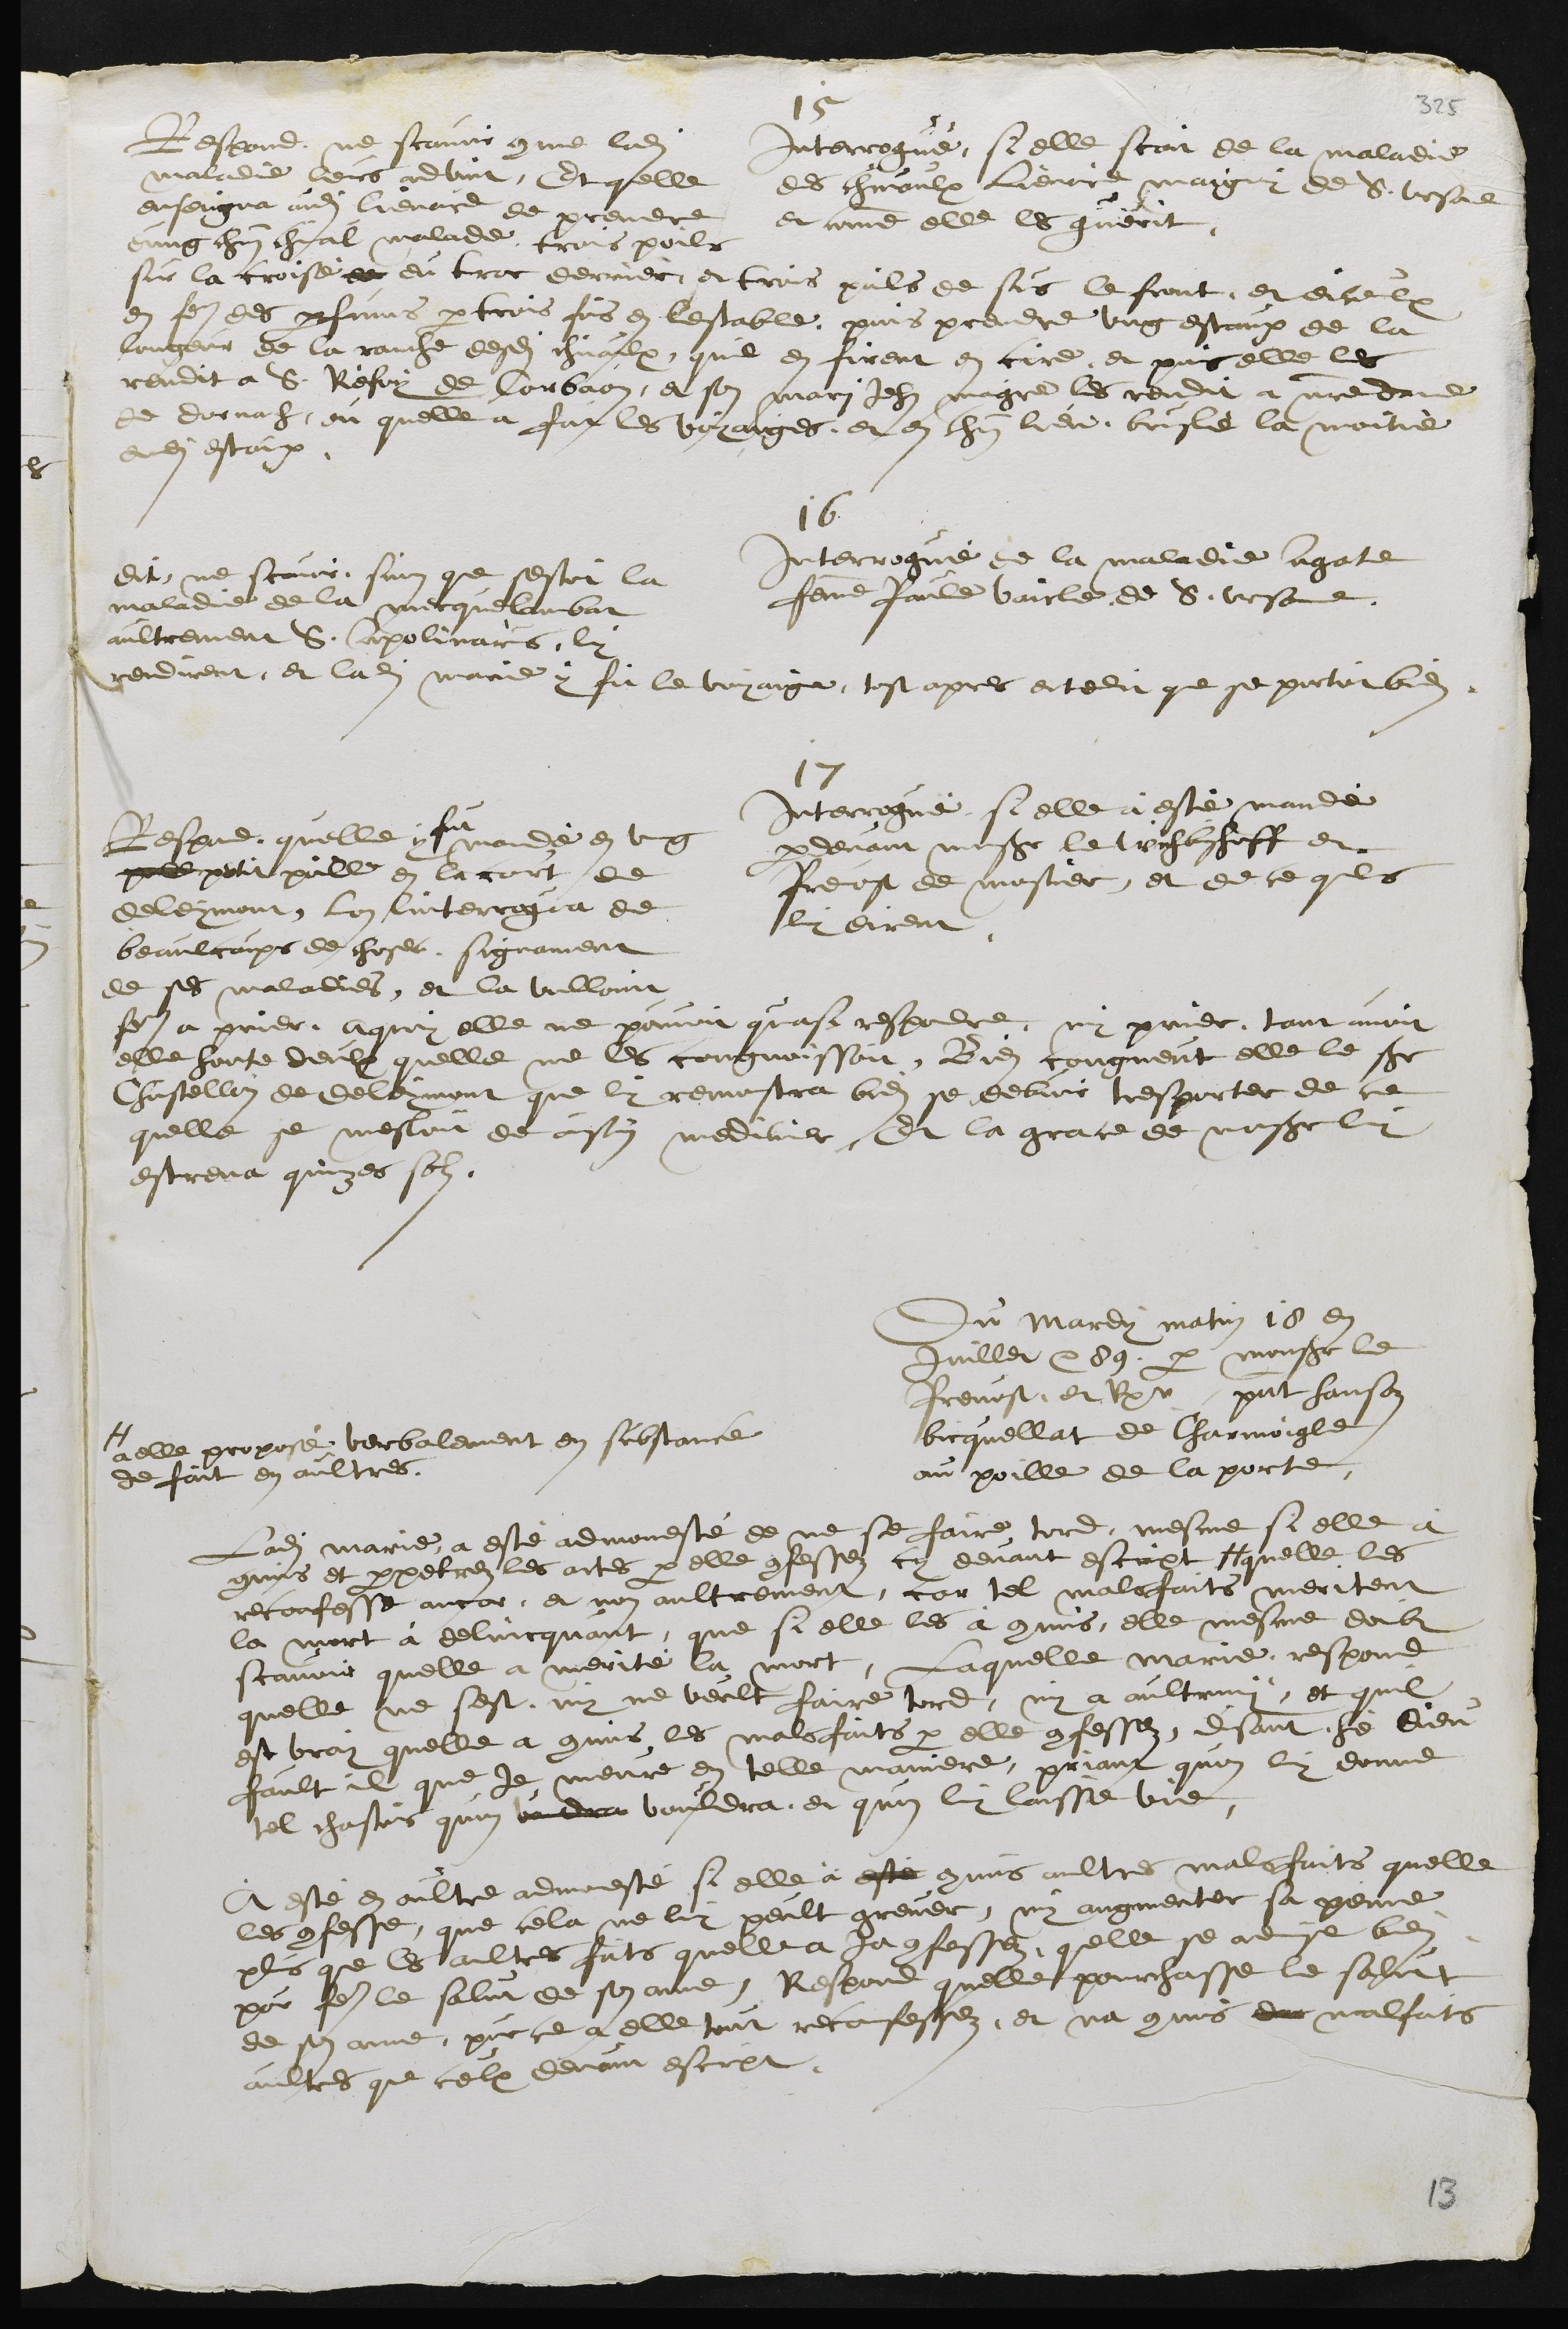
15
Interrogué, si elle scay de la maladie
des chevaulx Lienard maigny de S. Ursane
et comme elle les guerit,
Respond, ne scavoir comme ladite
maladie leurs advint, Et quelle
enseigna audit lienard de prendre
dung chacun chival malade trois poils
sur la croisé de du troc derrier, et trois poils de sus le front, et diceulx
en faire des parfums par trois fois en lestable, puis prendre ung estaux de la
longeur de la ranche desdits chivaulx quil en firent en cire, et puis elle les
rendit a S. Refoy de Corbaon, et son mari Jehan maigre les rendit a notre dame
de dornach, ou quelle a fait les voyages et en chacun lieu bruslé la moitié
dudit estaux.
16
Interrogue de la maladie agate
femme Paule vaicle de S. Ursanne.
Dit ne scavoir, sinon que sestoit la
maladie de la mecquelambat
aultrement S. Apolinaires, luy
rendirent et ladite marie y fit le voyaige tost apres et ce dit que se portoit bien
17
Interrogué si elle à esté mandé
par devant monseigneur le Weihbischoff et
Prevost de mostier, et de ce quils
luy dirent.
Respond, quelle y
fut
mandé en ung
poill petit poille en la court de
Deleymont, Lon linterrogua de
beaulcoups de choses, signament
de ses maladies, et la volloint
faire a prier, A quoy elle ne pouvoit quasi respondre, ny prier, tant avoit
elle honte deulx quelle ne les congnoissoit. Bien congneut elle le sieur
Chastellain de Deleymont que luy remonstra bien se debvoir tresporter de ce
quelle se mesloit de ainsy mediciner, Et la grace de monseigneur luy
estrena quinzes sols

Du Mardy matin 18 en
juillet 89 par monsieur le
Prevost, et Rpr present Hansoz
bicquellat de Charmoigle
au poille de la porte
Ladite Marie a esté admonesté de ne se faire tord, mesme si elle a
commis et perpetrez les actes par elle confessez cy devant escript #
#
a elle proposé verbalement en substance
de fait en aultres.
quelle les
reconfesse ancor et non aultrement, car tel malsfaits meritent
la mort à delincquant que si elle les a commis, elle mesme doibt
scavoir quelle a merité la mort, Laquelle Marie respond
quelle ne sest ny ne veult faire tord, ny a aultruy, et quil
est vray quelle a commis les malsfaits par elle confessez, disant hé Dieu
fault il que je meure en telle maniere, priant quon luy donne
tel chastois quon voudra vouldra, et quon luy laisse vie
A este en oultre admonesté si elle à esté commis aultres malsfaits quelle
les confesse que cela ne luy peult grever, ny augmenter sa peine
plus que les aultres faits quelle a ja confessez quelle se advise bien
pour faire le salut de son ame, Respond quelle pourchasse le salut
de son ame, pour ce a elle tout reconfessez, et na commis du malfaits
aultres que ceulx devant escrit.
13